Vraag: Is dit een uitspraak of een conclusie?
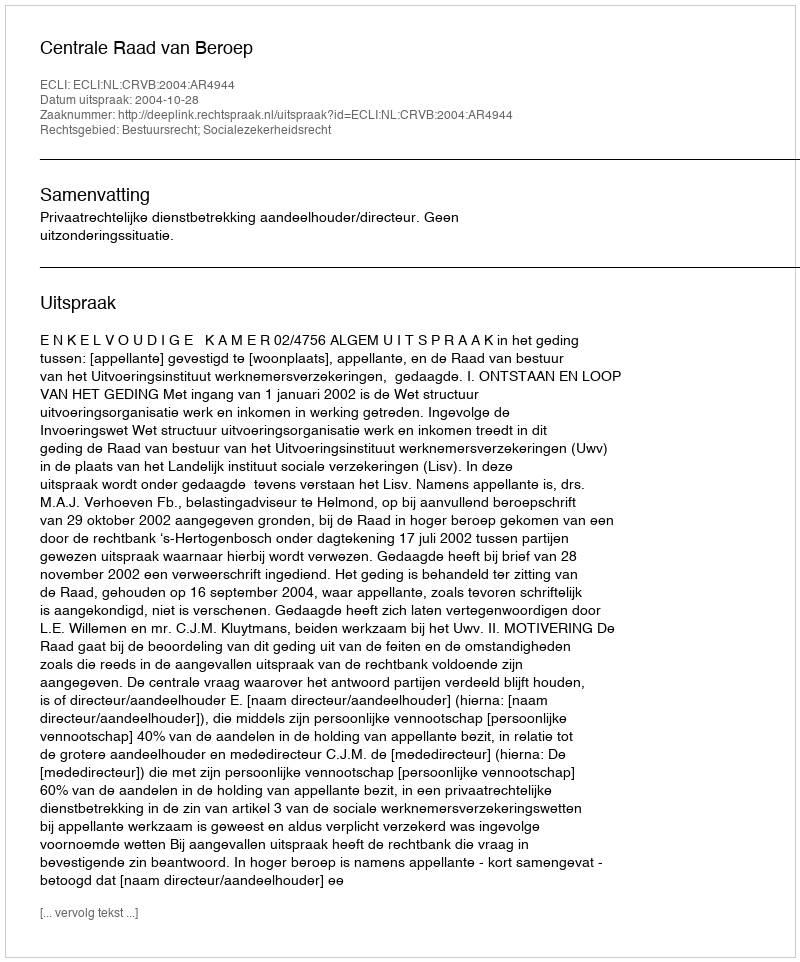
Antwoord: Uitspraak